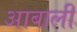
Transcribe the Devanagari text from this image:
आबाली